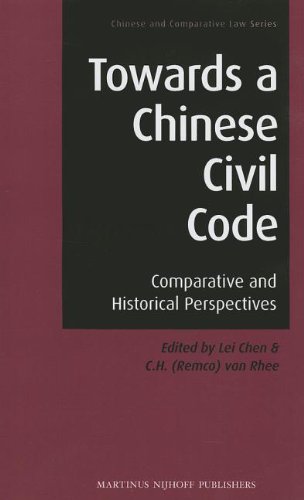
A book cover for Towards a Chinese Civil Code: Comparative and Historical Perspectives (Chinese and Comparative Law); Law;